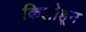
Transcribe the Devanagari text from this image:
किलोहून